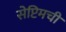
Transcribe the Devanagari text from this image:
सेप्टिमची